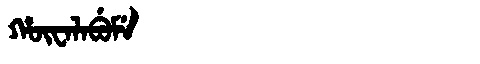
Manchu: ᡥᡡᠸᠠᠯᠠᠪᡠᠮᡝ
Romanization: HŪWALABUME